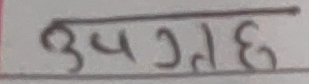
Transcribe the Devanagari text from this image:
उपगतछ